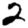
Digit: 2